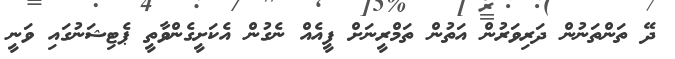
ދޭ ތަންތަނުން ދަރިވަރުން އަތުން ތަމްރީނަށް ފީއެއް ނެގުން އެކަށީގެންވާތީ ޕެޓިޝަނުގައި ވަނީ